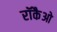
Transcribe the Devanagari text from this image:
रॉकैओ